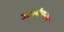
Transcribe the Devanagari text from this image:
उद्यागीकरण